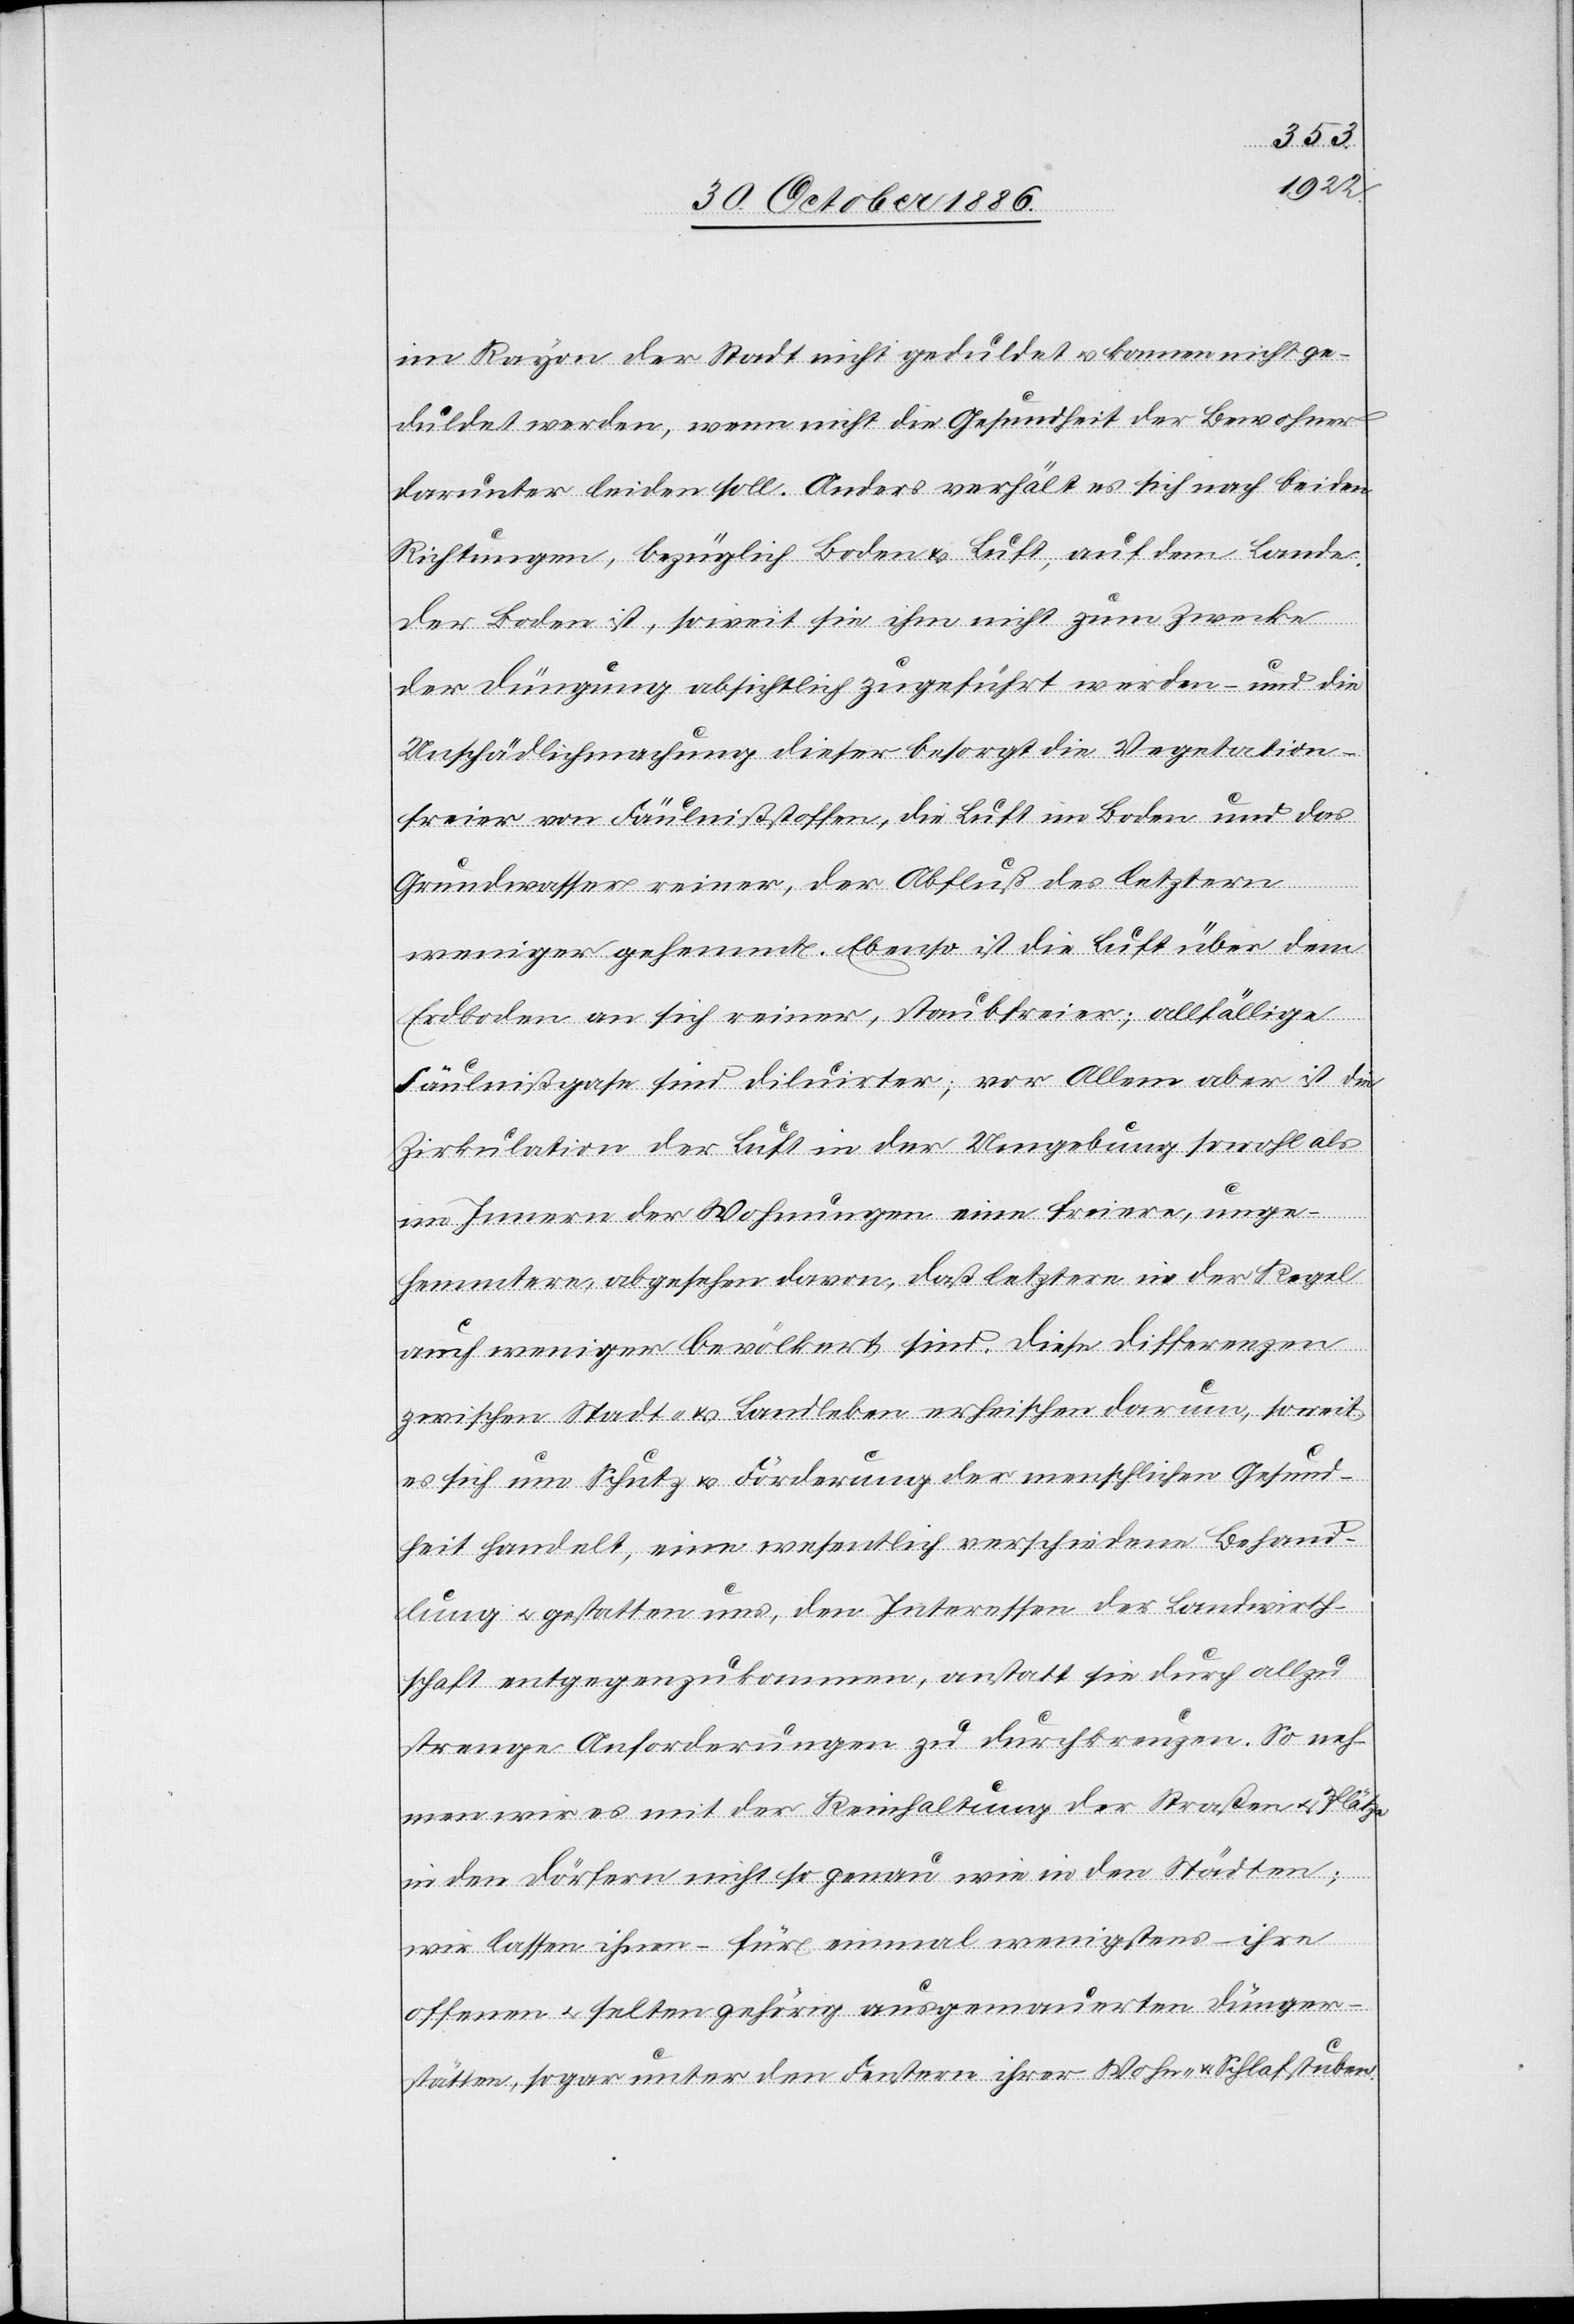
im Rayon der Stadt nicht geduldet & können nicht ge¬
duldet werden, wenn nicht die Gesundheit der Bewohner
darunter leiden soll. Anders verhält es sich nach beiden
Richtungen, bezüglich Boden & Luft, auf dem Lande.
Der Boden ist, soweit sie ihm nicht zum Zwecke
der Düngung absichtlich zugeführt werden – und die
Unschädlichmachung dieser besorgt die Vegetation
freier von Fäulnißstoffen, die Luft im Boden und das
Grundwasser reiner, der Abfluß des letztern
weniger gehemmt. Ebenso ist die Luft über dem
Erdboden an sich reiner, staubfreier; allfällige
Fäulnißgase sind diluirter; vor Allem aber ist die
Zirkulation der Luft in der Umgebung sowohl als
im Innern der Wohnungen eine freiere, unge¬
hemmtere, abgesehen davon, daß letztere in der Regel
auch weniger bevölkert sind. Diese Differenzen
zwischen Stadt- & Landleben erheischen darum, soweit
es sich um Schutz & Forderung der menschlichen Gesund¬
heit handelt, eine wesentlich verschiedene Behand¬
lung & gestatten uns, den Interessen der Landwirth¬
schaft entgegenzukommen, anstatt sie durch allzu
strenge Anforderungen zu durchkreuzen. So neh¬
men wir es mit der Reinhaltung der Straßen & Plätze
in den Dörfern nicht so genau wie in den Städten;
wir lassen ihnen – für einmal wenigstens – ihre
offenen & selten gehörig ausgemauerten Dünger¬
stätten, sogar unter den Fenstern ihrer Wohn- & Schlafstuben.